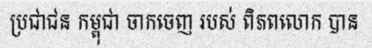
ប្រជាជន កម្ពុជា ចាកចេញ របស់ ពិភពលោក បាន